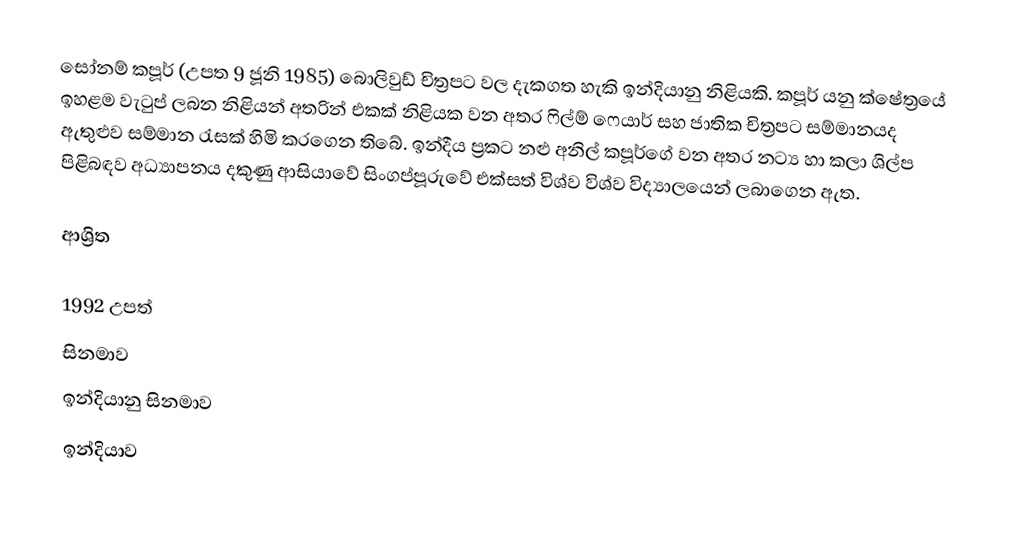
සෝනම් කපූර් (උපත 9 ජූනි 1985) බොලිවුඩ් චිත්‍රපට වල දැකගත හැකි ඉන්දියානු නිළියකි. කපූර් යනු ක්ෂේත්‍රයේ ඉහළම වැටුප් ලබන නිළියන් අතරින් එකක් නිළියක වන අතර ෆිල්ම් ෆෙයාර් සහ ජාතික චිත්‍රපට සම්මානයද ඇතුළුව සම්මාන රැසක් හිමි කරගෙන තිබේ. ඉන්දීය ප්‍රකට නළු අනිල් කපූර්ගේ වන අතර නට්‍ය හා කලා ශිල්ප පිළිබඳව අධ්‍යාපනය දකුණු ආසියාවේ සිංගප්පූරුවේ  එක්සත් විශ්ව විශ්ව විද්‍යාලයෙන් ලබාගෙන ඇත.

ආශ්‍රිත

1992 උපත්
සිනමාව
ඉන්දියානු සිනමාව
ඉන්දියාව